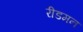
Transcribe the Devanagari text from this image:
रीडमन